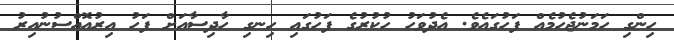
ހިންގި ހަމަނުޖެހުމެއް ފަހުގައެވެ. އެދުވަހު ހުކުރުގެ ފަހުގައި ހިނގި ހާދިސާއަށް ފަހު އިރުއޮއްސުނުއިރު